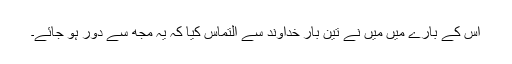
اِس کے بارے میں مَیں نے تِین بار خُداوند سے اِلتماس کِیا کہ یہ مُجھ سے دُور ہو جائے۔